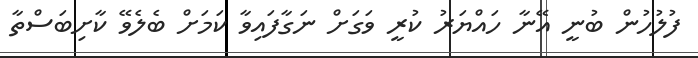
ފުލުހުން ބުނީ އޭނާ ހައްޔަރު ކުރީ ވަގަށް ނަގާފައިވާ ކަމަށް ބެލެވޭ ކާށިބަސްތާ